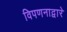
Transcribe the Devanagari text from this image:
विपणनाद्वारे